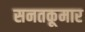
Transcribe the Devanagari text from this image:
सनतकूमार